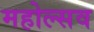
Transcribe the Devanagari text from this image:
महोल्सव